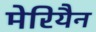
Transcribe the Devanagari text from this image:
मेरियैन